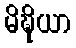
မိဍ္ဎိယာ